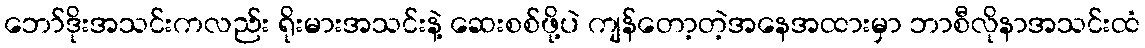
ဘော်ဒိုးအသင်းကလည်း ရိုးမားအသင်းနဲ့ ဆေးစစ်ဖို့ပဲ ကျန်တော့တဲ့အနေအထားမှာ ဘာစီလိုနာအသင်းထံ